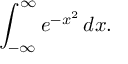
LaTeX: \int _ { - \infty } ^ { \infty } e ^ { - x ^ { 2 } } \, d x .